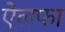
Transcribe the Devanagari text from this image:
ऐलफा